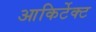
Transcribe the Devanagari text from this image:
आकिर्टेक्ट